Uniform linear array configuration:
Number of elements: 4
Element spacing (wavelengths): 0.75
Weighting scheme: exponential
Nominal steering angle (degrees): -15
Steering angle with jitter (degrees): -16.923
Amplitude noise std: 0.05
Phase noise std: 0.05

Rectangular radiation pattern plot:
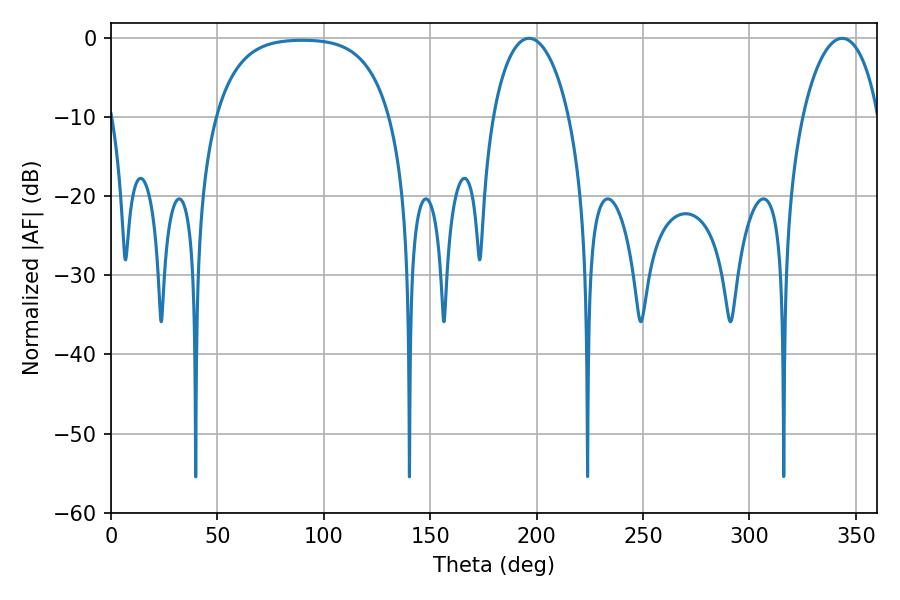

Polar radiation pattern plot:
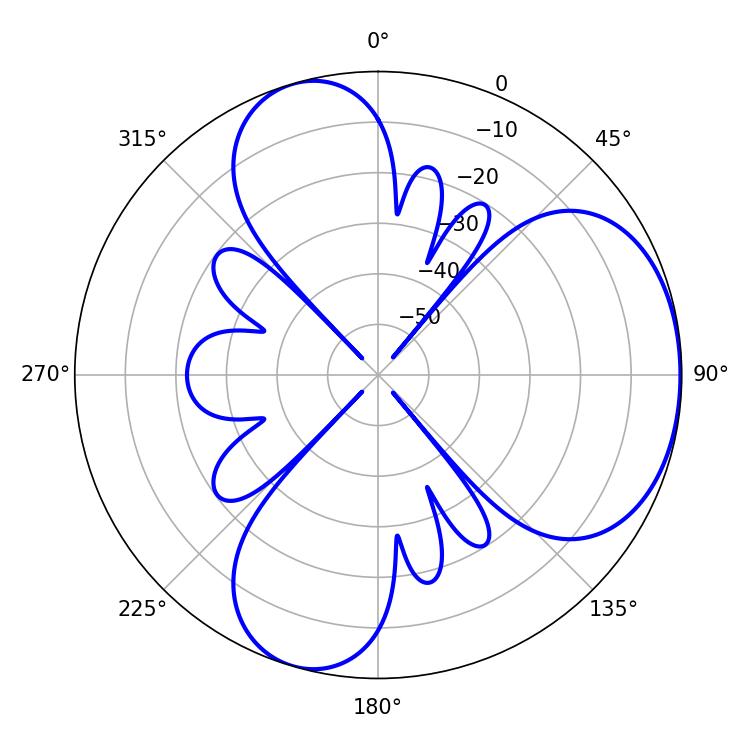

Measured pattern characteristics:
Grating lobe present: TRUE
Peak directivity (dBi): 4.737
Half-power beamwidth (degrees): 20.52
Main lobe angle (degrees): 196.38